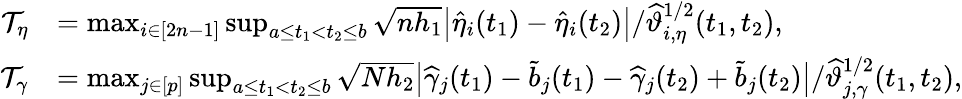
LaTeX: \begin{array}{rl}{\mathcal{T}_{\eta}}&{=\operatorname*{max}_{i\in[2n-1]}\operatorname*{sup}_{a\le t_{1}<t_{2}\le b}\sqrt{nh_{1}}\big|\widehat{\eta}_{i}(t_{1})-\widehat{\eta}_{i}(t_{2})\big|/\widehat\vartheta_{i,\eta}^{1/2}(t_{1},t_{2}),}\\ {\mathcal{T}_{\gamma}}&{=\operatorname*{max}_{j\in[p]}\operatorname*{sup}_{a\le t_{1}<t_{2}\le b}\sqrt{Nh_{2}}\big|\widehat{\gamma}_{j}(t_{1})-\widetilde{b}_{j}(t_{1})-\widehat{\gamma}_{j}(t_{2})+\widetilde b_{j}(t_{2})\big|/\widehat\vartheta_{j,\gamma}^{1/2}(t_{1},t_{2}),}\end{array}